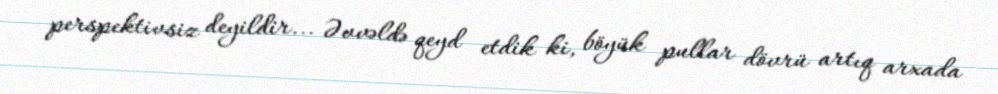
perspektivsiz deyildir... Əvvəldə qeyd etdik ki, böyük pullar dövrü artıq arxada